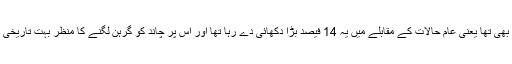
دوم یہ سپرمون بھی تھا یعنی عام حالات کے مقابلے میں یہ 14 فیصد بڑا دکھائی دے رہا تھا اور اس پر چاند کو گرہن لگنے کا منظر بہت تاریخی اور دلفریب تھا۔